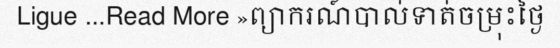
Ligue ...Read More »ព្យាករណ៍បាល់ទាត់ចម្រុះថ្ងៃ